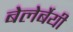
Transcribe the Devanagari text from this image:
बेलेर्बेयी